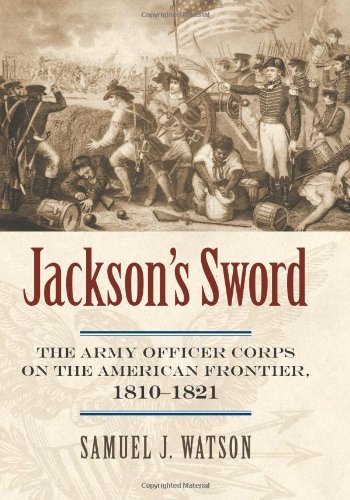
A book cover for Jackson's Sword: The Army Officer Corps on the American Frontier, 1810-1821 (Modern War Studies); Samuel J. Watson; History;